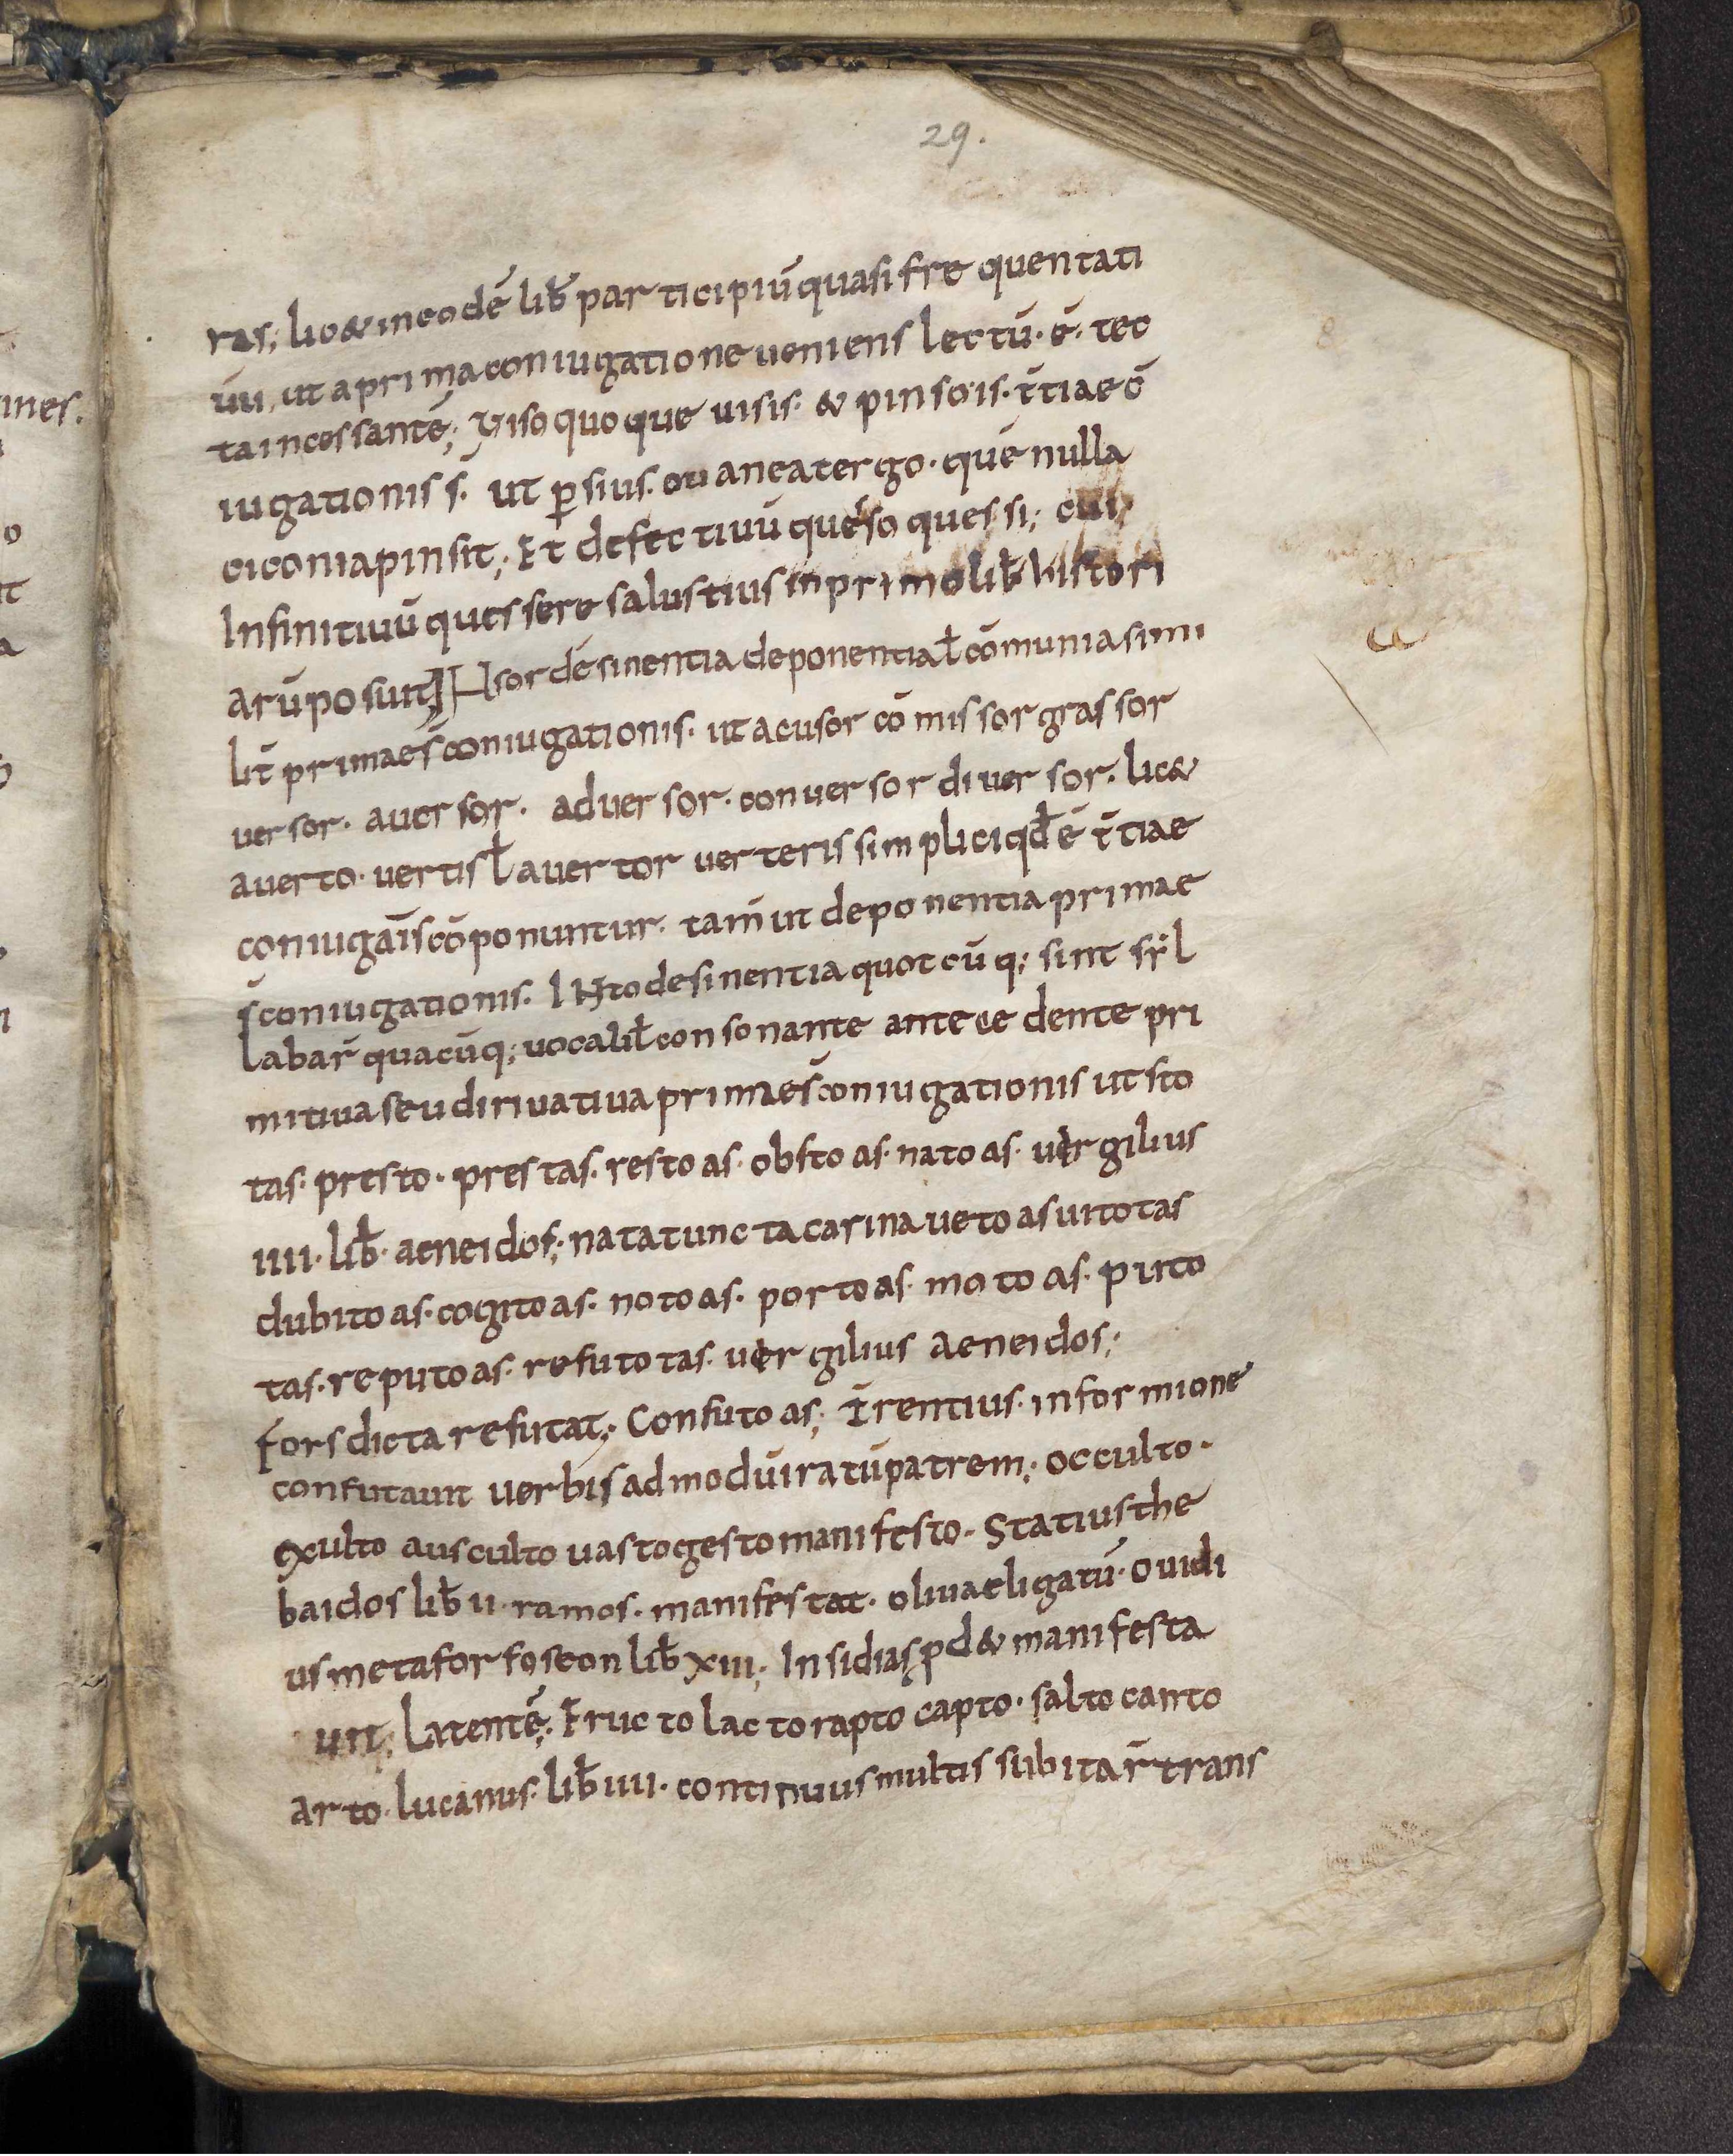
Shelfmark: Leiden, Bibliotheek der Rijksuniversiteit, Voss. Lat. O 41
Century: 9